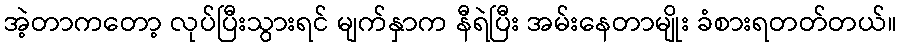
အဲ့တာကတော့ လုပ်ပြီးသွားရင် မျက်နှာက နီရဲပြီး အမ်းနေတာမျိုး ခံစားရတတ်တယ်။